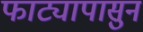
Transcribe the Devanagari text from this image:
फाट्यापासुन